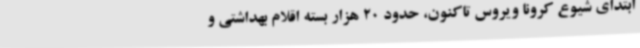
ابتدای شیوع کرونا ویروس تاکنون، حدود 20 هزار بسته اقلام بهداشتی و